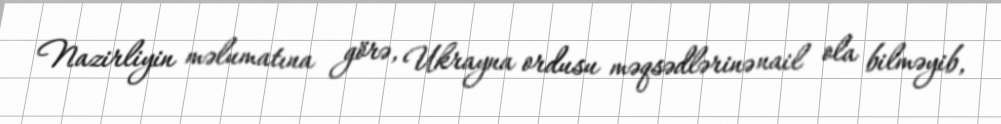
Nazirliyin məlumatına görə, Ukrayna ordusu məqsədlərinə nail ola bilməyib,